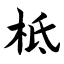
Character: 柢